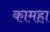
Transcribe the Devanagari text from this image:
कामहा